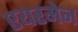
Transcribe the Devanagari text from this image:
एयरमेन